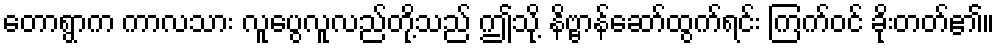
တောရွာက ကာလသား လူပွေလူလည်တို့သည် ဤသို့ နိဗ္ဗာန်ဆော်ထွက်ရင်း ကြက်ဝင် ခိုးတတ်၏။